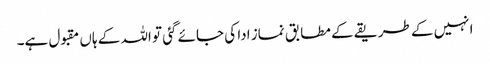
انہیں کے طریقے کے مطابق نماز ادا کی جائے گئی تو اللہ کے ہاں مقبول ہے۔